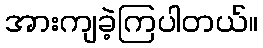
အားကျခဲ့ကြပါတယ်။